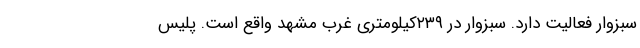
سبزوار فعالیت دارد. سبزوار در ۲۳۹کیلومتری غرب مشهد واقع است. پلیس